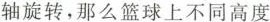
轴旋转，那么篮球上不同高度